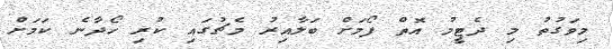
މިވަގުތު މި ދެޓީމު އޮތް ފޯމަށް ބަލާއިރު މެޗުގައި ކުރި ހޯދާނެ ކަމަށް